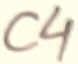
Text: C4